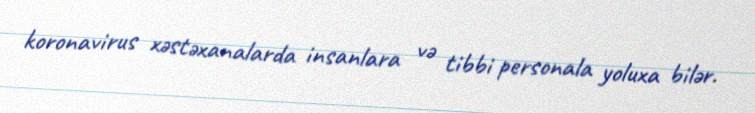
koronavirus xəstəxanalarda insanlara və tibbi personala yoluxa bilər.